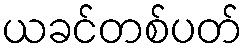
ယခင်တစ်ပတ်